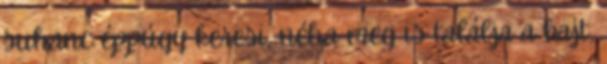
suhanc éppúgy keresi, néha meg is találja a bajt,